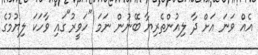
އެއް ވަނަ އަށް ދާ ލިއުންތެރިޔާ ބޭނުން ނަމަ "ހަވީރު"ގައި ވާހަކަ ލިޔުމުގެ